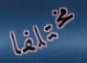
مختلفا